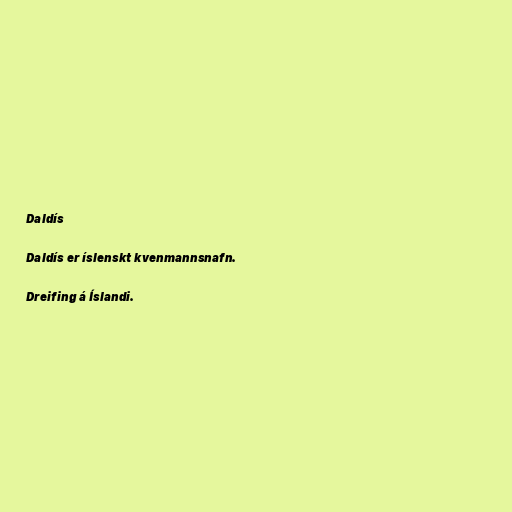
Daldís

Daldís er íslenskt kvenmannsnafn.

Dreifing á Íslandi.